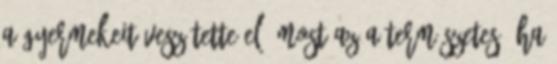
A gyermekeit veszítette el. Most az a természetes, ha